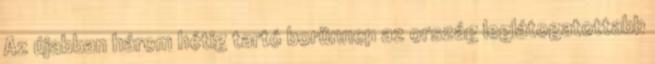
Az újabban három hétig tartó borünnep az ország leglátogatottabb